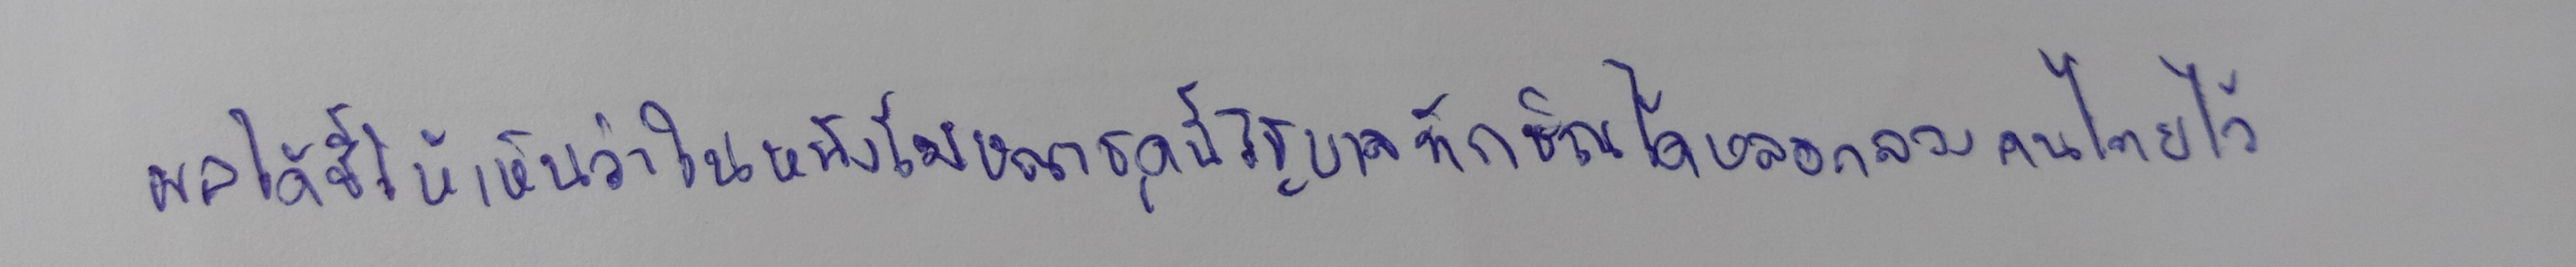
ผมได้ชี้ให้เห็นว่าในหนังโฆษณาชุดนี้รัฐบาลทักษิณได้หลอกลวงคนไทยไว้